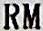
RM